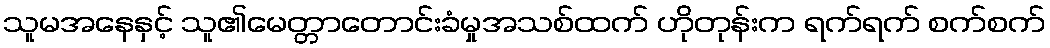
သူမအနေနှင့် သူ၏မေတ္တာတောင်းခံမှုအသစ်ထက် ဟိုတုန်းက ရက်ရက် စက်စက်